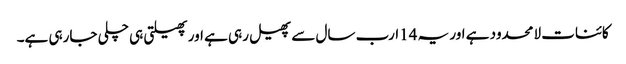
کائنات لامحدود ہے اور یہ 14ارب سال سے پھیل رہی ہے اور پھیلتی ہی چلی جارہی ہے۔